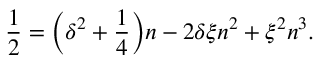
\frac { 1 } { 2 } = \bigg ( \delta ^ { 2 } + \frac { 1 } { 4 } \bigg ) n - 2 \delta \xi n ^ { 2 } + \xi ^ { 2 } n ^ { 3 } .